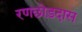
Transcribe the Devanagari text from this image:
रणछोड़दास